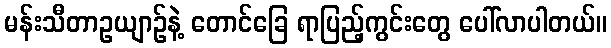
မန်းသီတာဥယျာဉ်နဲ့ တောင်ခြေ ရာပြည့်ကွင်းတွေ ပေါ်လာပါတယ်။